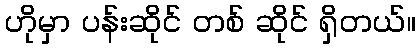
ဟိုမှာ ပန်းဆိုင် တစ် ဆိုင် ရှိတယ်။